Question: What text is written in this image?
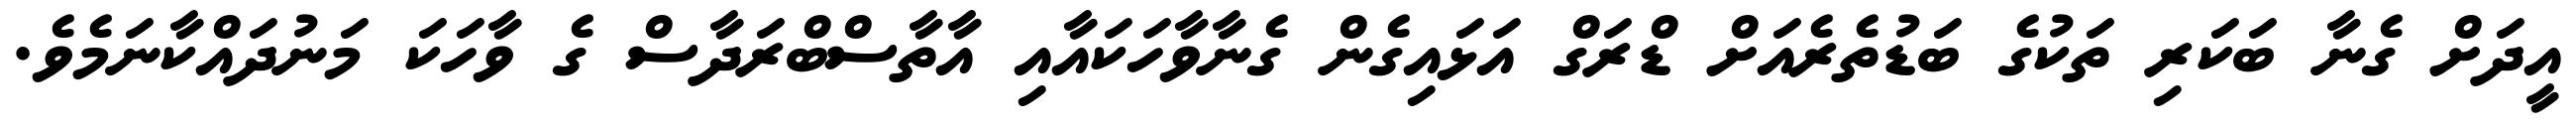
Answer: އީދަށް ގެނާ ބަކަރި ތަކުގެ ބަޑުތެރެއަށް ޑްރަގް އަޅައިގެން ގެނާވާހަކައާއި އާތާސްބްރަދާސް ގެ ވާހަކަ މަނުދައްކާނަމެވެ.